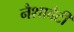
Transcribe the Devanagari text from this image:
नैशावैटी